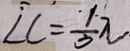
\angle C = \frac { 1 } { 3 } \pi